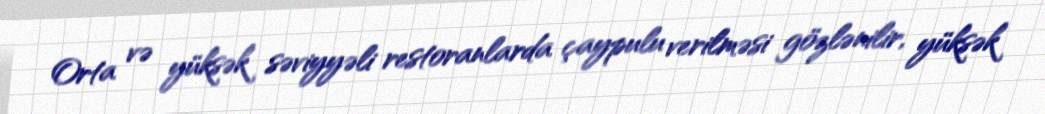
Orta və yüksək səviyyəli restoranlarda çaypulu verilməsi gözlənilir, yüksək